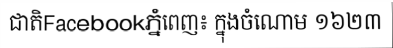
ជាតិFacebookភ្នំពេញ៖ ក្នុងចំណោម ១៦២៣